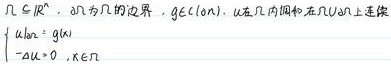
$\begin{cases}
u \in H^{1}, \ \partial \Omega 为 \Omega 的边界, \ g \in C(\partial \Omega), \ u 在 \Omega 内调和且在 \overline{\Omega} 上连续\\
-\Delta u = 0, \ x \in \Omega\\
u|_{\partial \Omega} = g(x), \ x \in \partial \Omega
\end{cases}$